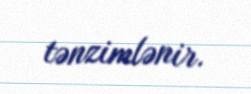
tənzimlənir.